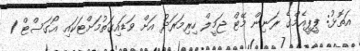
އަތޮޅު: ޕީޕީއެމްގެ ރަނިން މޭޓް ޖަމީލް ހިރިމަރަދު އަށް ވަޑައިގަތުމަށްޓަކައި އޯގަސްޓް 1